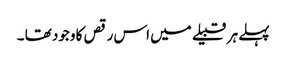
پہلے ہر قبیلے میں اس رقص کا وجود تھا ۔